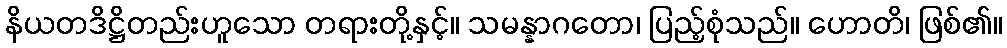
နိယတဒိဋ္ဌိတည်းဟူသော တရားတို့နှင့်။ သမန္နာဂတော၊ ပြည့်စုံသည်။ ဟောတိ၊ ဖြစ်၏။